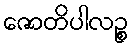
ဇောတိပါလဉ္စ